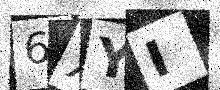
Text: 6XYI